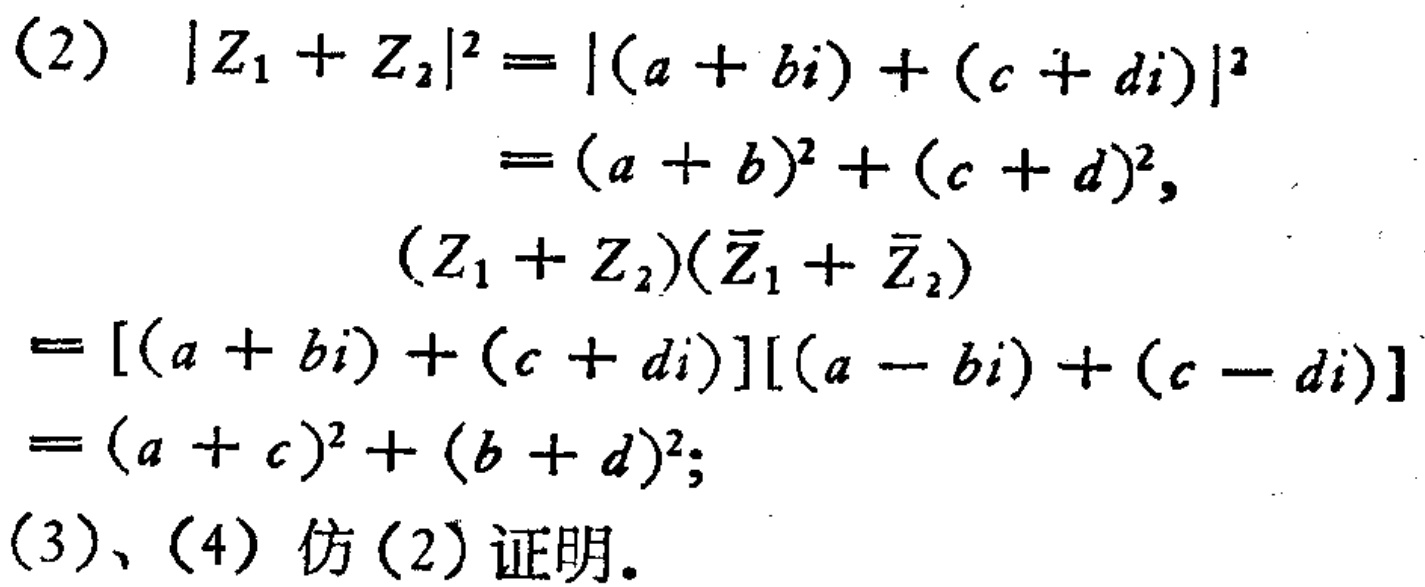
\begin{align*}

(2)\quad |Z_1 + Z_2|^2&= |(a + bi) + (c + di)|^2\\

&=(a + b)^2 + (c + d)^2,\\

(Z_1 + Z_2)(\overline{Z}_1 + \overline{Z}_2)&\\

=[(a + bi) + (c + di)][(a - bi) + (c - di)]&\\

=(a + c)^2 + (b + d)^2;\\

(3)、(4)\text{ 仿}(2)\text{证明}.

\end{align*}